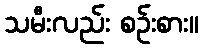
သမီးလည်း စဉ်းစား။